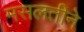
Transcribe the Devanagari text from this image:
मसलतीने